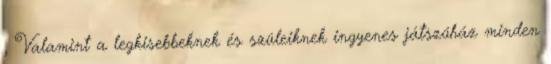
, Valamint a legkisebbeknek és szüleiknek ingyenes játszóház minden